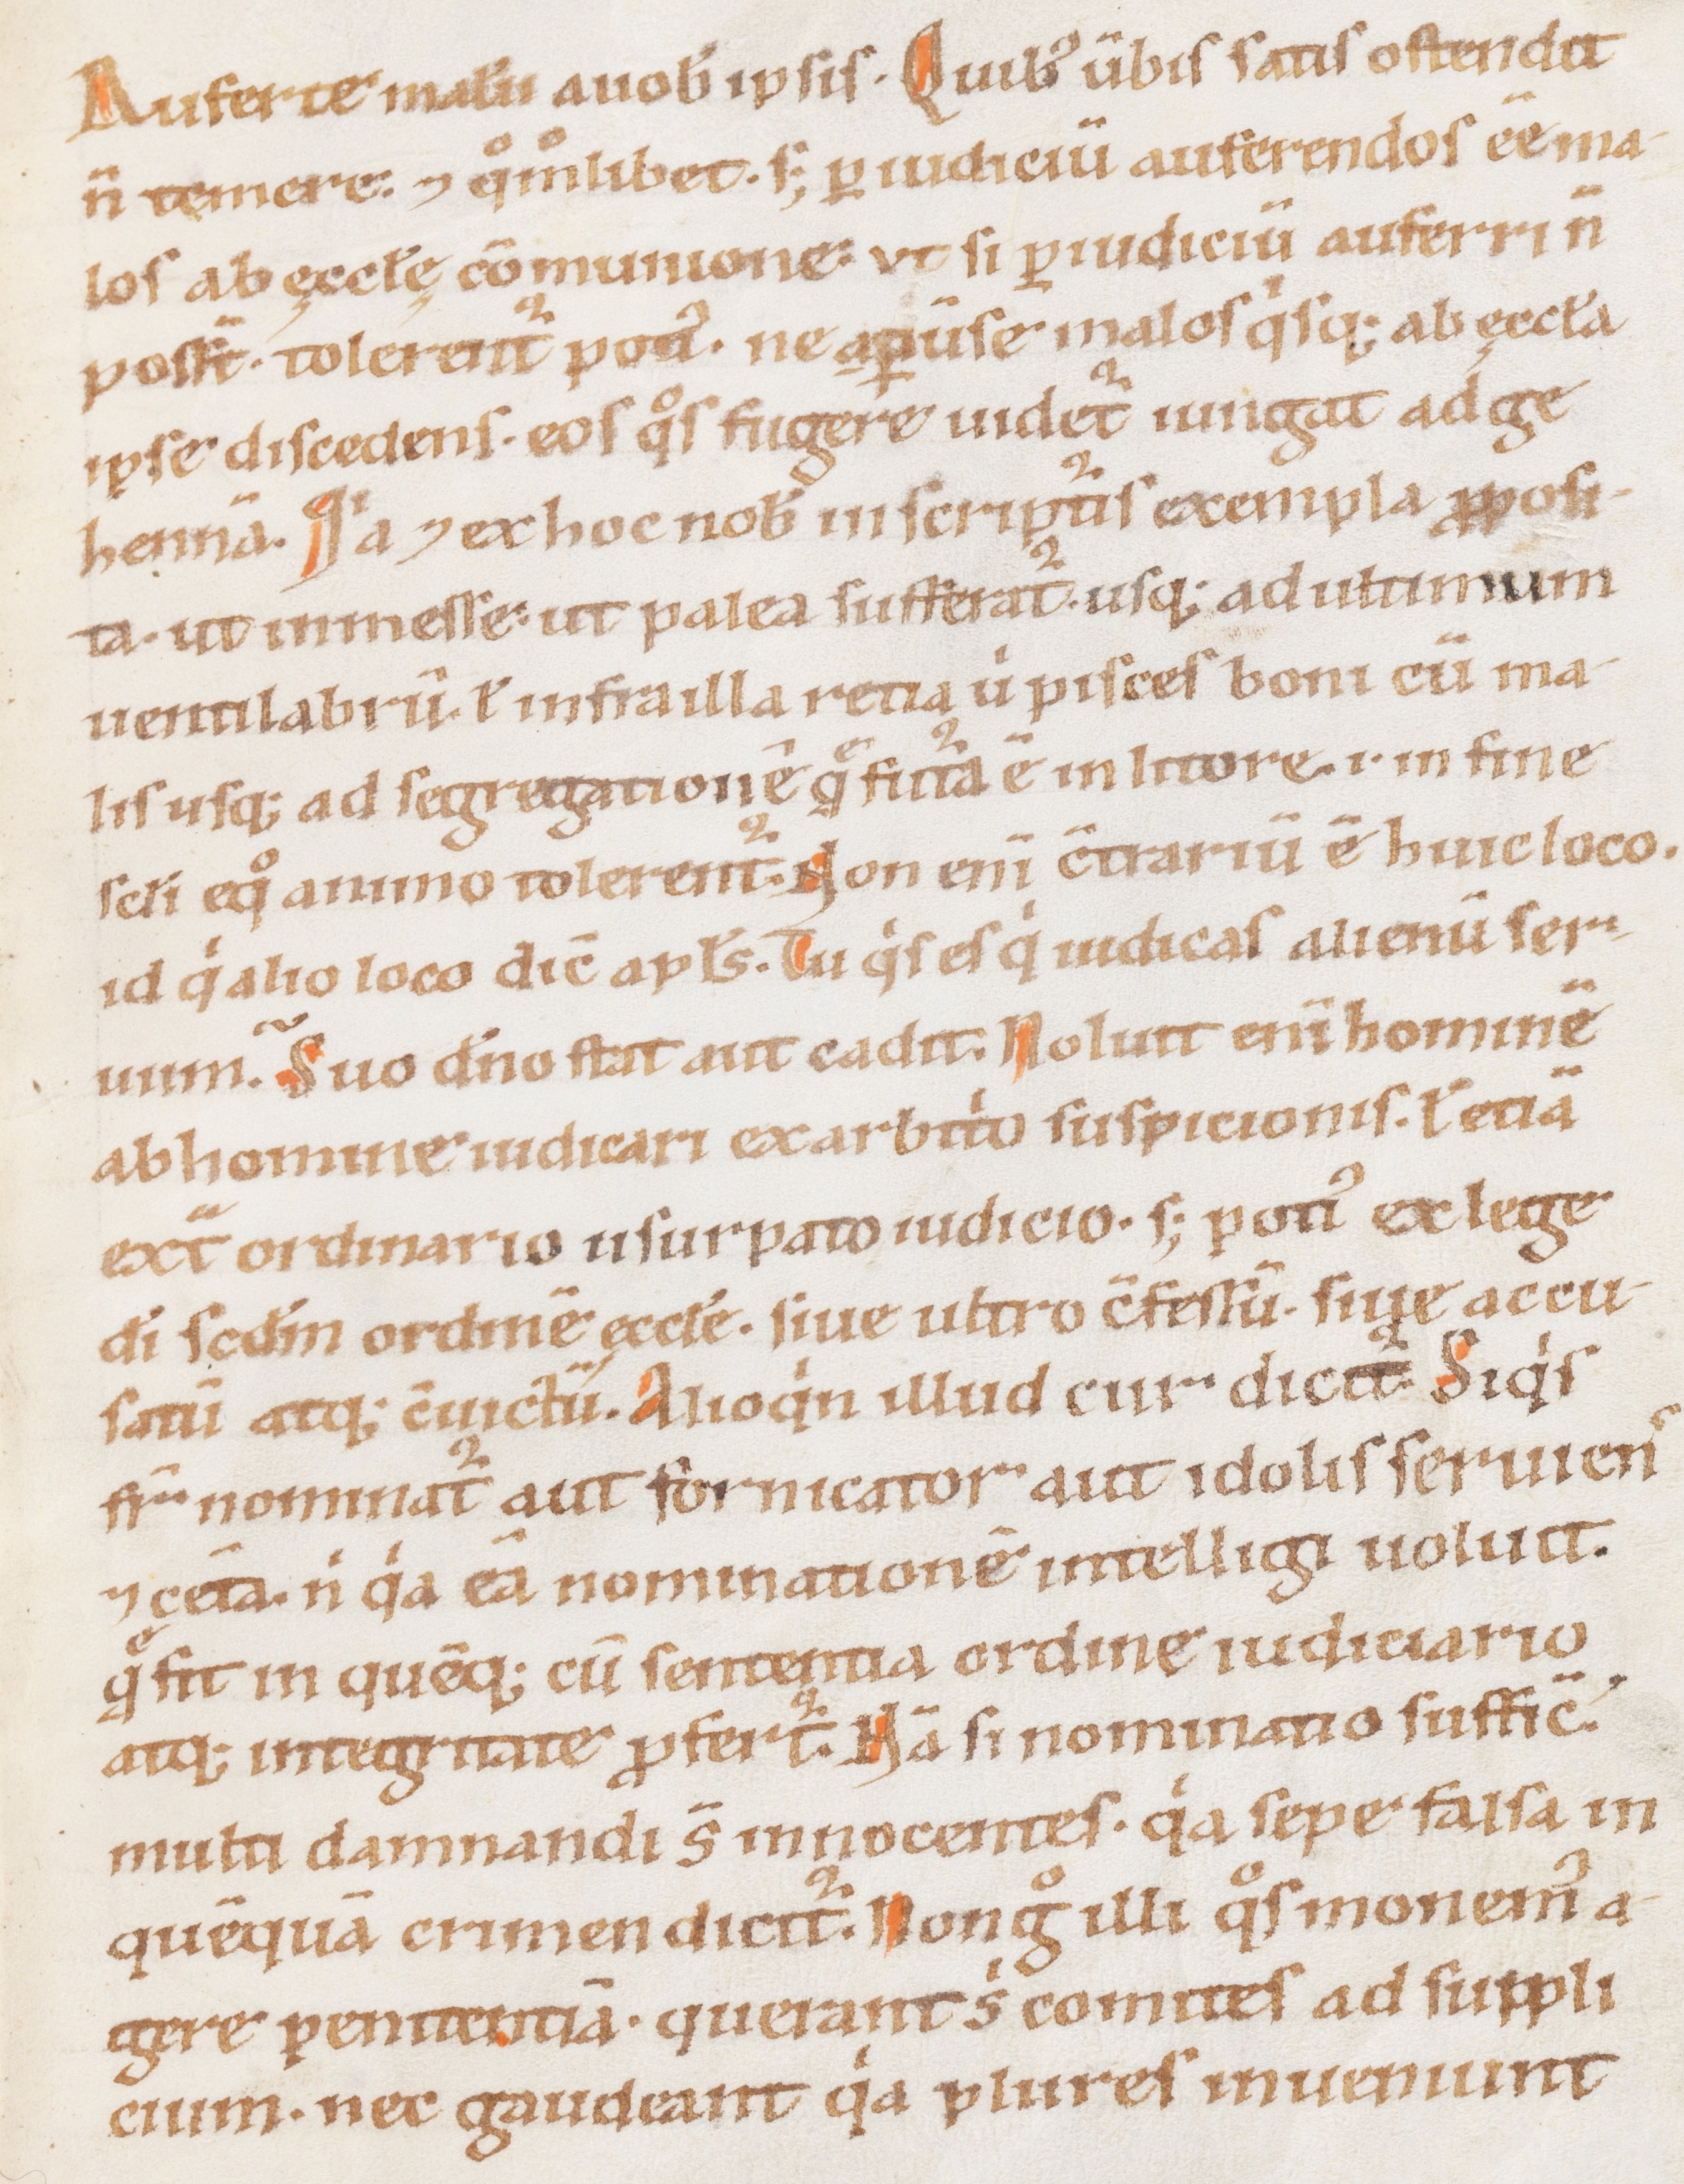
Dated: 1100–1199